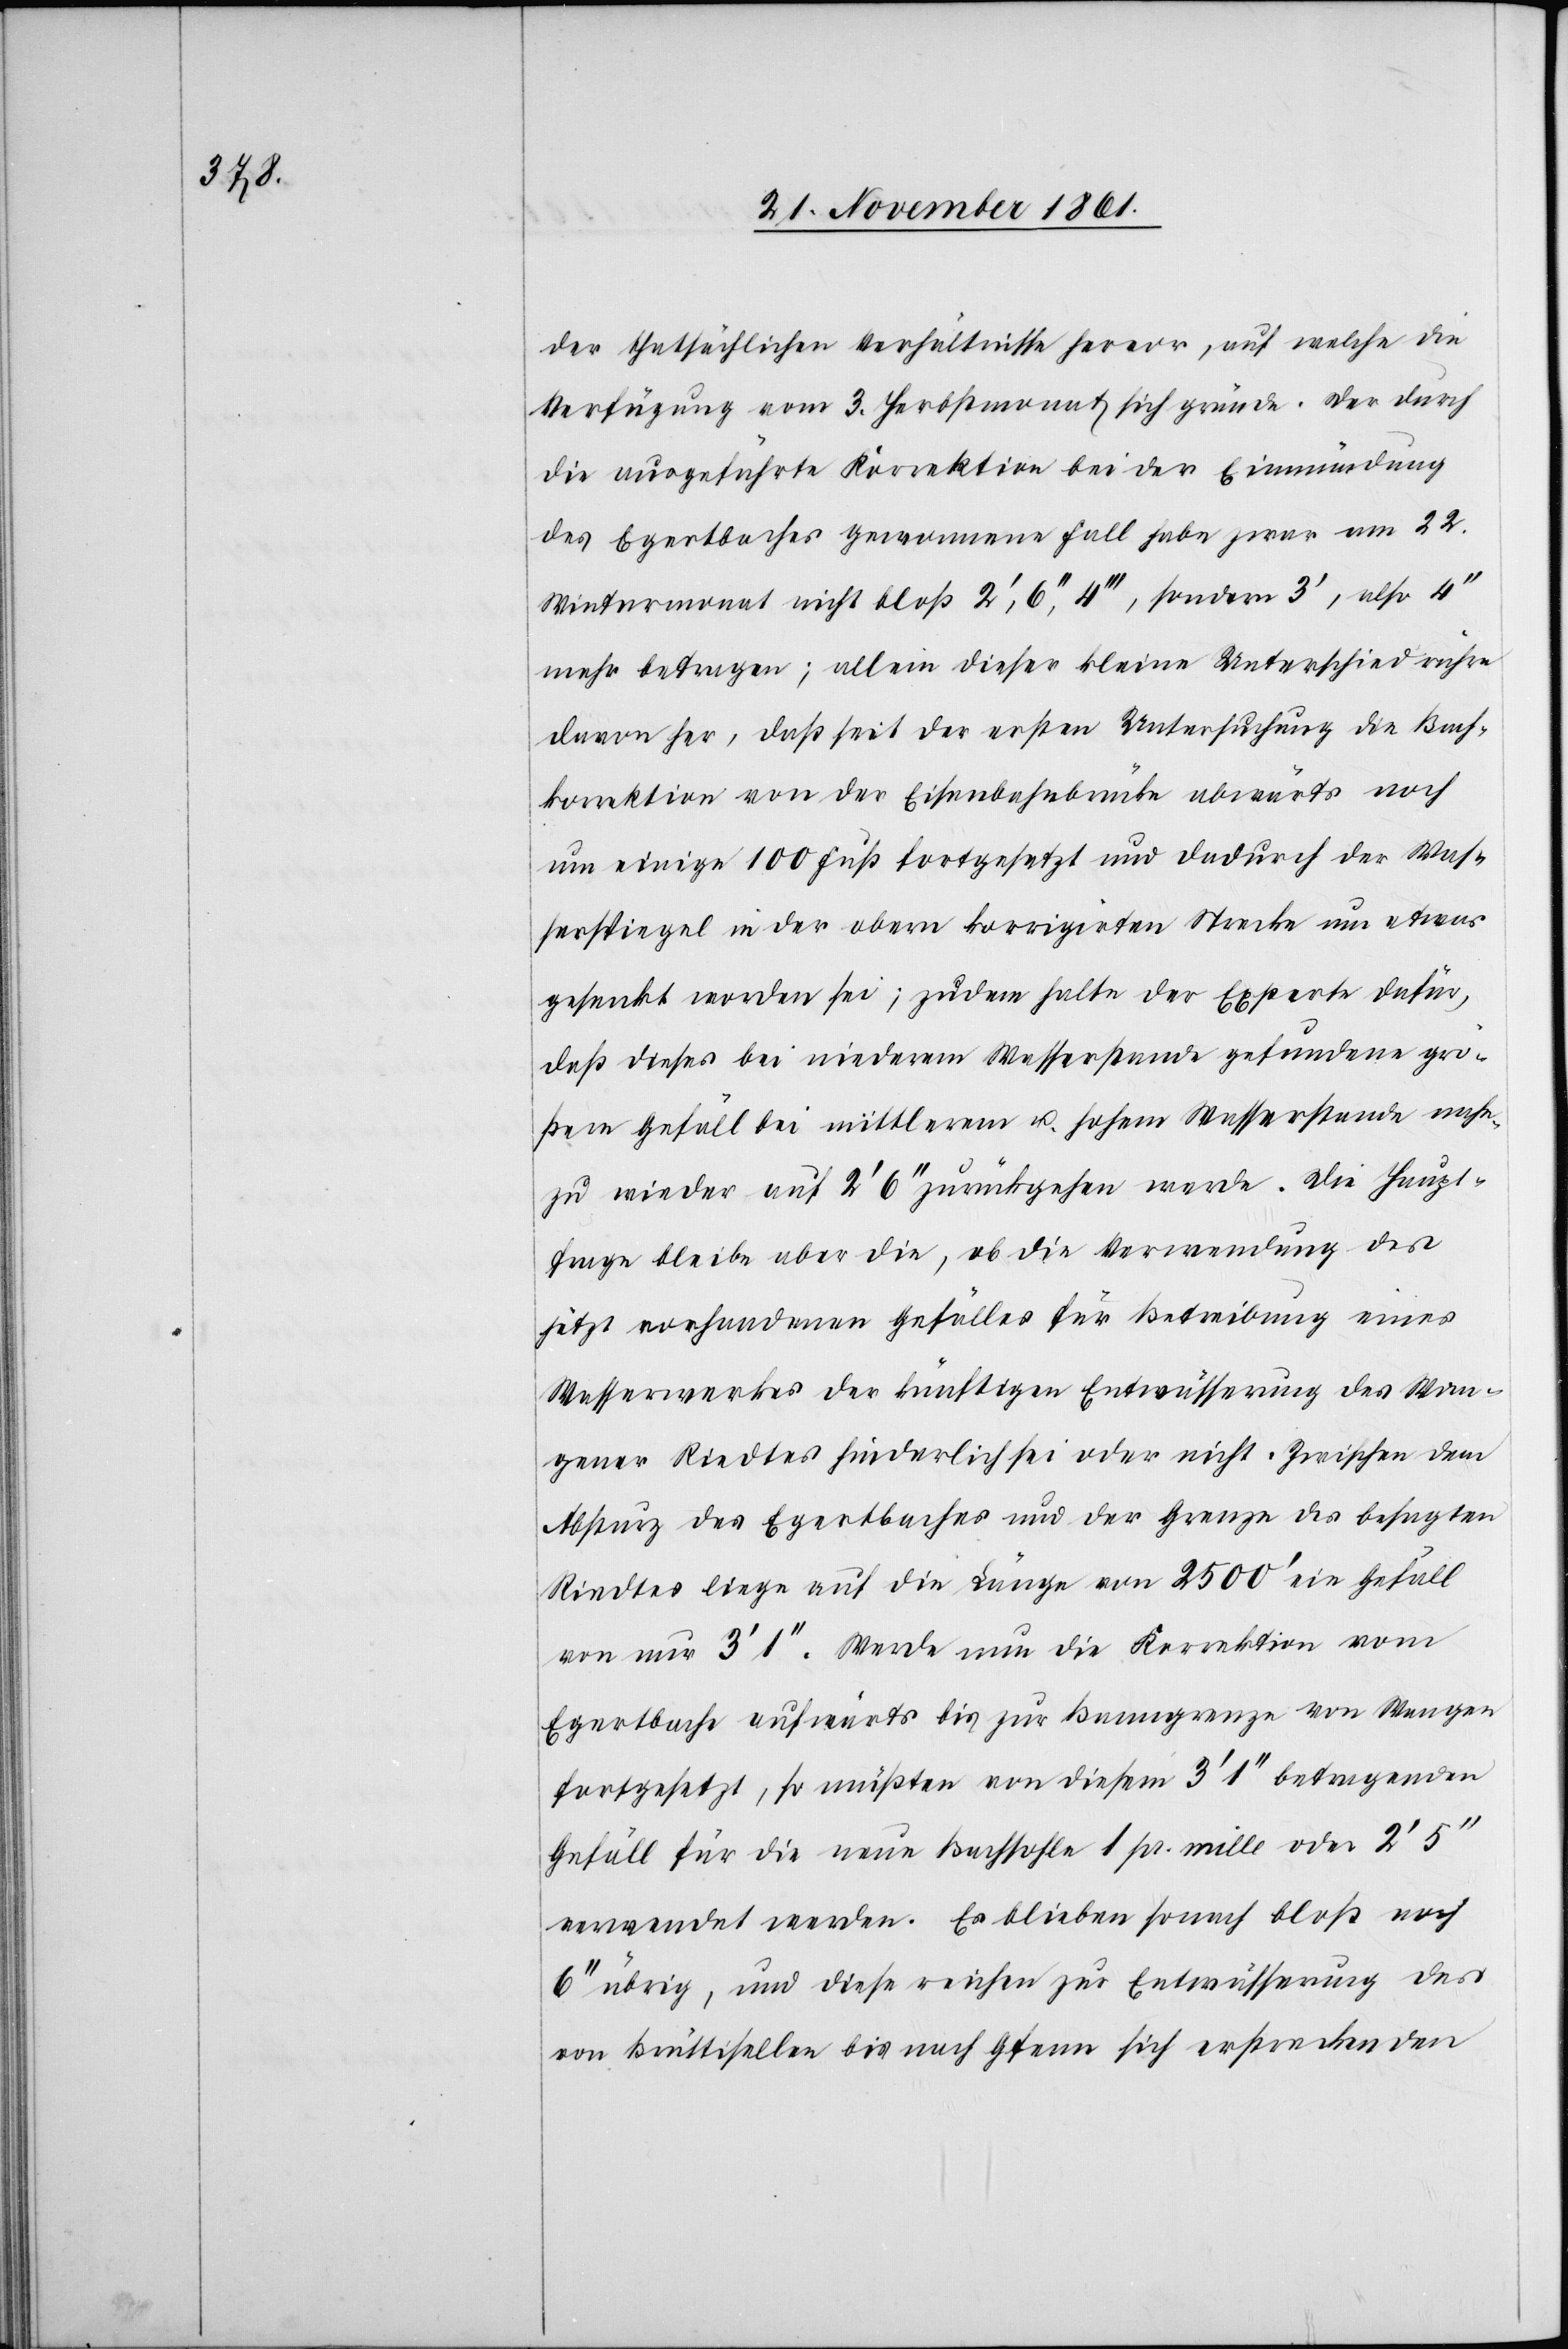
der thatsächlichen Verhältnisse hervor, auf welche die
Verfügung vom 3 Herbstmonat sich gründe. Der durch
die ausgeführte Korrektion bei der Einmündung
des Egertbaches gewonnene Fall habe zwar am 22
Wintermonat nicht bloß 2‘, 6‘‘, 4‘‘‘, sondern 3‘, also 4‘‘
mehr betragen; allein dieser kleine Unterschied rühre
davon her, daß seit der ersten Untersuchung die Bach¬
korrektion von der Eisenbahnbrücke abwärts noch
um einige 100 Fuß fortgesetzt und dadurch der Was¬
serspiegel in der obern korrigierten Strecke um etwas
gesenkt worden sei; zudem halte der Experte dafür,
daß dieses bei niederem Wasserstande gefundene grö¬
ßere Gefäll bei mittlerem u. hohem Wasserstande nahe¬
zu wieder auf 2‘ 6‘‘ zurückgehen werde. Die Haupt¬
frage bleibe aber die, ob die Verwendung eines
Wasserwerkes der künftigen Entwässerung des Wan¬
gener Riedtes hinderlich sei oder nicht. Zwischen dem
Absturz des Egertbaches und der Grenze des besagten
Riedtes liege auf die Länge von 2500‘ ein Gefäll
von nur 3‘1‘‘. Werde nun die Korrektion vom
Egertbache aufwärts bis zur Baumgrenze von Wangen
fortgesetzt, so müßten von diesem 3‘ 1‘‘ betragenden
Gefäll für die neue Bachsohle 1 pr. mille oder 2‘ 5‘‘
verwendet werden. Es blieben sonach bloß noch
6‘‘ übrig, und diese reichen zur Entwässerung des
von Brüttisellen bis nach Gfenn sich erstreckenden